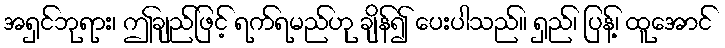
အရှင်ဘုရား၊ ဤချည်ဖြင့် ရက်ရမည်ဟု ချိန်၍ ပေးပါသည်။ ရှည်၊ ပြန့်၊ ထူအောင်